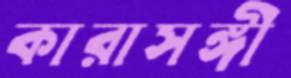
কারাসঙ্গী